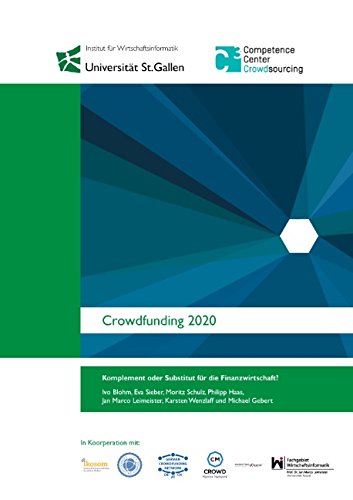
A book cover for Crowdfunding 2020 (German Edition); Ivo Blohm; Business & Money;